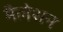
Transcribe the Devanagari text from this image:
मैलेशन